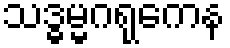
သဒ္ဓမ္မဂရုကေန